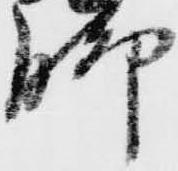
脚